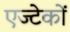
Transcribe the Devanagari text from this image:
एज्टेकों